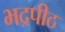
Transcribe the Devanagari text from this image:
भद्रपीठ